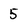
Character: 5